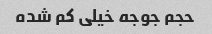
حجم جوجه خیلی کم شده